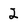
Character: 2